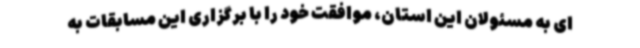
ای به مسئولان این استان، موافقت خود را با برگزاری این مسابقات به